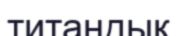
титандық